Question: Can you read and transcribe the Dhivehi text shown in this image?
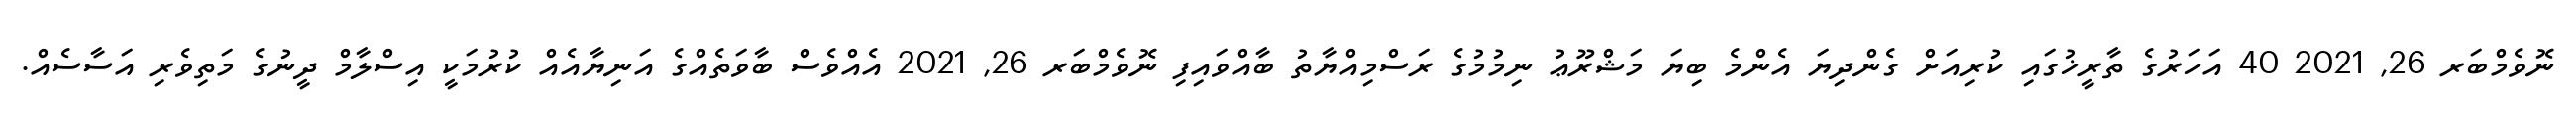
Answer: ނޮވެމްބަރ 26, 2021 40 އަހަރުގެ ތާރީޚުގައި ކުރިއަށް ގެންދިޔަ އެންމެ ބިޔަ މަޝްރޫޢު ނިމުމުގެ ރަސްމިއްޔާތު ބާއްވައިފި ނޮވެމްބަރ 26, 2021 އެއްވެސް ބާވަތެއްގެ އަނިޔާއެއް ކުރުމަކީ އިސްލާމް ދީނުގެ މަތިވެރި އަސާސެއް.